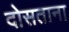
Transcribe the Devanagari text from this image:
दोसताना